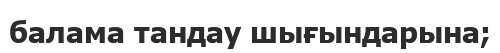
балама тандау шығындарына;